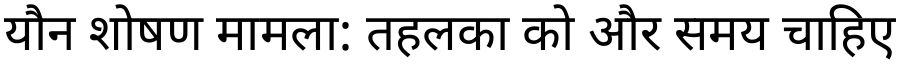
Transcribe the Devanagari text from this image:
यौन शोषण मामला: तहलका को और समय चाहिए